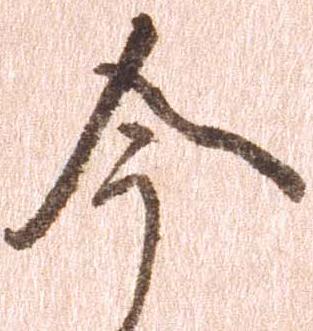
今